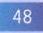
$48$